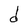
Character: d